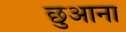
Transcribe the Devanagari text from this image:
छुआना